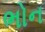
ભોન